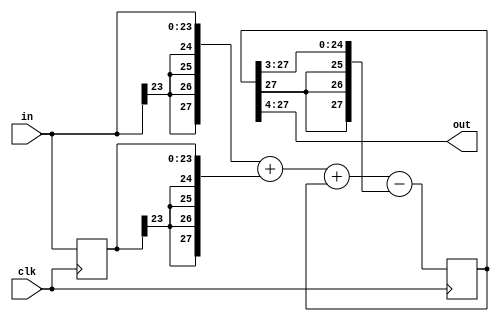
module LPF2(out,in,clk); 
input clk;
input signed [23:0] in;
output signed [23:0] out;
assign out=out16[27:4];
reg signed [27:0] out16;     				// out16 = 16*theta
reg signed [23:0] in_1;       				// in_1 = in(k-1)
wire signed [27:0] temp_sum;
assign temp_sum={{4{in[23]}},in}+{{4{in_1[23]}},in_1}+out16
                  -{{3{out16[27]}},out16[27:3]};
always @(posedge clk) begin
	 out16 <= temp_sum;
	 in_1 <= in;
end


endmodule